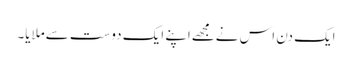
ایک دن اس نےمجھےاپنے ایک دوست سےملایا۔